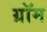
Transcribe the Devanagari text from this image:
ग्रॉम